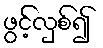
ဖွင့်လှစ်၍